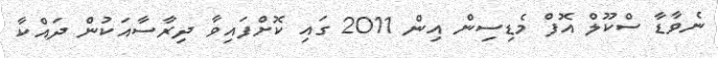
ނެވާޑާ ސްކޫލް އޮފް މެޑިސިން އިން 2011 ގައި ކޮށްފައިވާ ދިރާސާއަކުން ދައްކާ